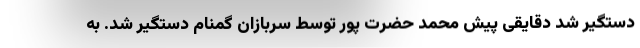
دستگیر شد دقایقی پیش محمد حضرت پور توسط سربازان گمنام دستگیر شد. به